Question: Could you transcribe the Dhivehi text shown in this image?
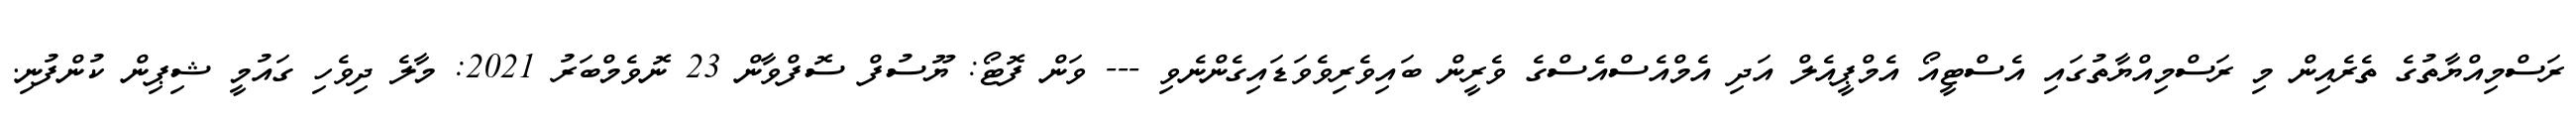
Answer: ރަސްމިއްޔާތުގެ ތެރެއިން މި ރަސްމިއްޔާތުގައި އެސްޓީއޯ އެމްޕީއެލް އަދި އެމްއެސްއެސްގެ ވެރީން ބައިވެރިވެވަޑައިގެންނެވި --- ވަން ފޮޓޯ: ޔޫސުފް ސޮފްވާން 23 ނޮވެމްބަރު 2021: މާލެ ދިވެހި ގައުމީ ޝިޕިން ކުންފުނި.